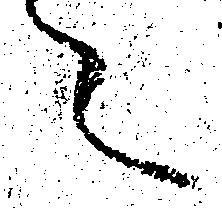
々